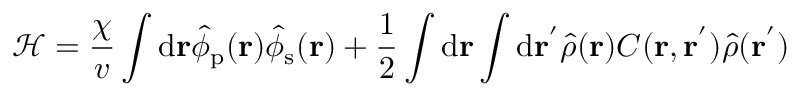
\mathcal { H } = \frac { \chi } { v } \int \mathrm { d } { \mathbf { r } } \hat { \phi } _ { \mathrm { p } } ( \mathbf { r } ) \hat { \phi } _ { \mathrm { s } } ( \mathbf { r } ) + \frac { 1 } { 2 } \int \mathrm { d } { \mathbf { r } } \int \mathrm { d } { \mathbf { r ^ { ' } } } \hat { \rho } ( \mathbf { r } ) C ( \mathbf { r } , \mathbf { r ^ { ' } } ) \hat { \rho } ( \mathbf { r } ^ { ' } )